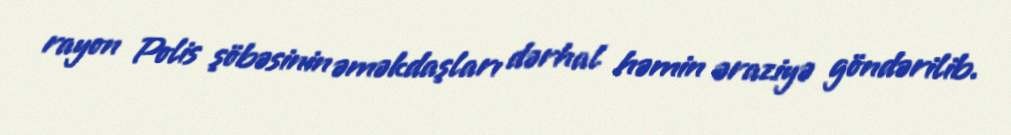
rayon Polis şöbəsinin əməkdaşları dərhal həmin əraziyə göndərilib.